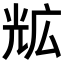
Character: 𭀨